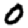
Digit: 0